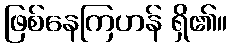
ဖြစ်နေကြဟန် ရှိ၏။